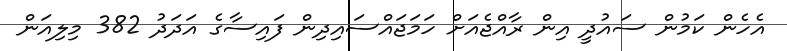
އެހެން ކަމުން ސައުދީ އިން ރާއްޖެއަށް ހަމަޖައްސައިދިން ފައިސާގެ އަދަދު 382 މިލިއަން